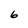
Character: 6